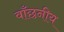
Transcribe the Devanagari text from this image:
वाँछनीय